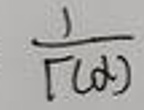
\frac{1}{\Gamma(\alpha)}